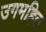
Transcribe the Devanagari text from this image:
उगमहित